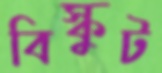
বিস্কুট